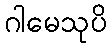
ဂါမေသုပိ